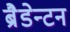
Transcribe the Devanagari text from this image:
ब्रैडेन्टन